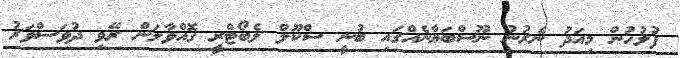
ފުލުހުން މިއަދު ނެރުނު ނޫސްބަޔާނެއްގައި ބުނީ ސްކޫލް ލެބޯޓްރީ ގޮއްވާލަން ރޭވި ދުވަސްވަރު